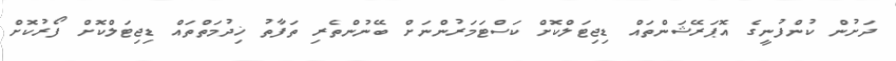
ދަށުން ކުންފުނީގެ އޮޕަރޭޝަންތައް ޑިޖިޓަލްކޮށް ކަސްޓަމަރުންނަށް ބޭނުންތެރި ތަފާތު ޚިދުމަތްތައް ޑިޖިޓަލްކޮށް ފޯރުކޮށް